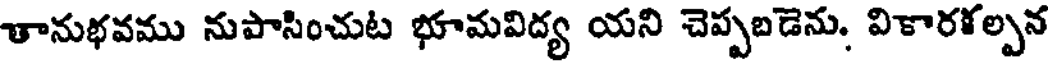
తానుభవము నుపాసించుట భూమవిద్య యని చెప్పబడెను, వికారళల్పన